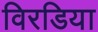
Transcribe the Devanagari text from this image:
विरडिया